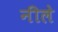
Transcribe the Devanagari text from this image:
नीले